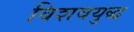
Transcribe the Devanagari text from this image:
विशवयुद्ध